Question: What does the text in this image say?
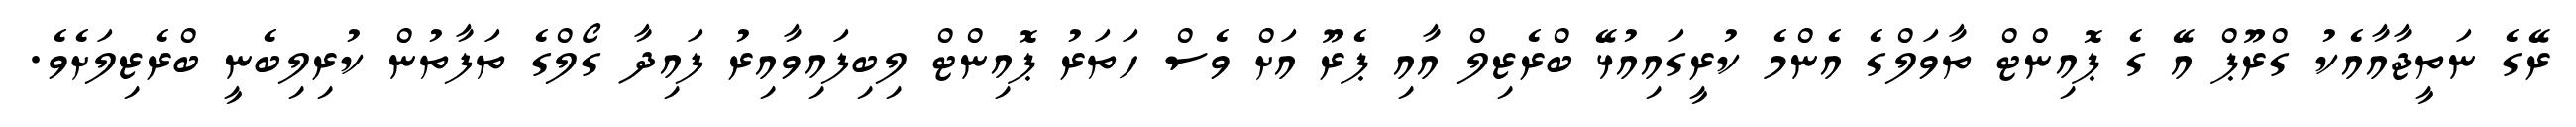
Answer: ރޭގެ ނަތީޖާއާއެކު ގްރޫޕް އޭ ގެ ޕޮއިންޓް ތާވަލްގެ އެންމެ ކުރީގައިއުޅޭ ބްރެޒިލް އާއި ޕެރޫ އަށް ވެސް ހަތަރު ޕޮއިންޓް ލިބިފައިވާއިރު ފައިދާ ގޯލްގެ ތަފާތުން ކުރިލިބެނީ ބްރެޒިލަށެވެ.